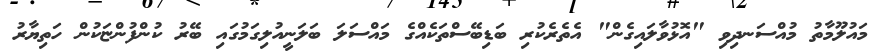
މައުލޫމާތު މުއްސަނދިވި "އޮޅުވާލައިގެން" އެތެރެކުރި ބަޑިބޭސްތަކެއްގެ މައްސަލަ ބަލަނީއުލިގަމުގައި ބޭރު ކުންފުންޏަކުން ހަތިޔާރު